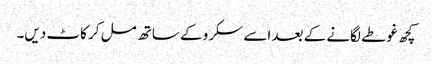
کچھ غوطے لگانے کے بعد اسے سکرو کے ساتھ مل کر کاٹ دیں۔